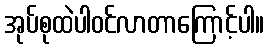
အုပ်စုထဲပါဝင်လာတာကြောင့်ပါ။